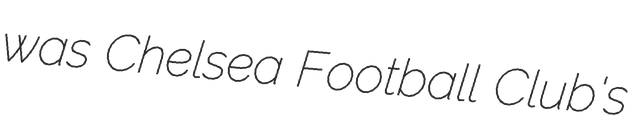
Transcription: was Chelsea Football Club's